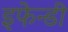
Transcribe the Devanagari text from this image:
इफेन्डी